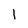
Character: 1